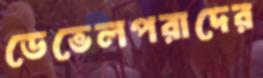
ডেভেলপরাদের